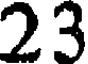
23